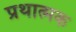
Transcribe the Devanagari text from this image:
प्रथात्मक